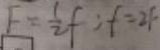
F = \frac { 1 } { 2 } f : f = 2 F